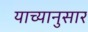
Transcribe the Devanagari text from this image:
याच्यानुसार